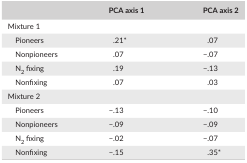
|  | PCA axis 1 | PCA axis 2 |
 | --- | --- | --- |
 | <COLSPAN=3> Mixture 1 |
 | Pioneers | .21a | .07 |
 | Nonpioneers | .07 | −.07 |
 | N2 fixing | .19 | −.13 |
 | Nonfixing | .07 | .03 |
 | <COLSPAN=3> Mixture 2 |
 | Pioneers | −.13 | −.10 |
 | Nonpioneers | −.09 | −.09 |
 | N2 fixing | −.02 | −.07 |
 | Nonfixing | −.15 | .35a |